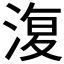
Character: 𣸪